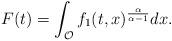
LaTeX: \begin{align*}F(t) = \int_{\mathcal{O}} f_1(t,x)^{\frac{\alpha}{\alpha -1}} dx .\end{align*}